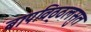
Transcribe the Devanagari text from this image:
बापविठ्ठलसुत